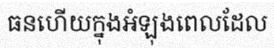
ធនហើយក្នុងអំឡុងពេលដែល